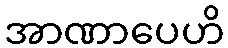
အာဏာပေဟိ